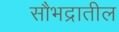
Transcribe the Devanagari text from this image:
सौभद्रातील